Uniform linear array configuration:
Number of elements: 64
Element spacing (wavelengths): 0.25
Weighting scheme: exponential
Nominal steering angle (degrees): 30
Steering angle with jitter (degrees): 29.974
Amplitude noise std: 0.05
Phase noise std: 0.05

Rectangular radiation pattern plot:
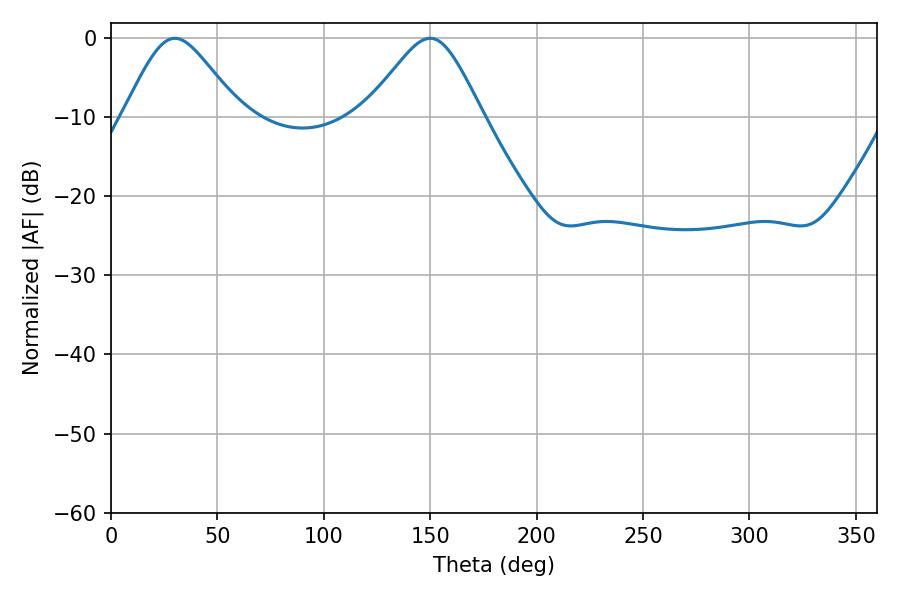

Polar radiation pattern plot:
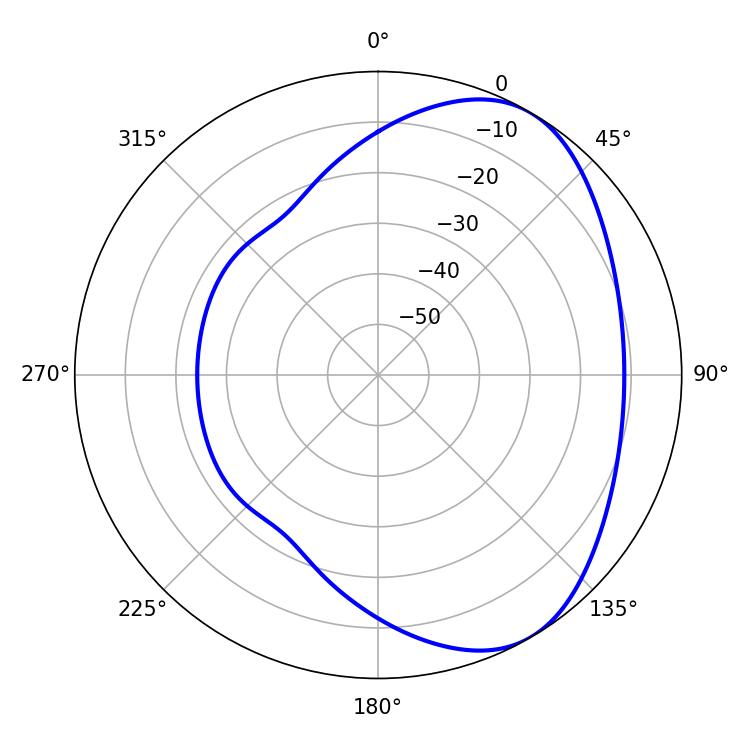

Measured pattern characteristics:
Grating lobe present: FALSE
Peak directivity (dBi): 5.067
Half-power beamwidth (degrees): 26.82
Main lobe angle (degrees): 30.06